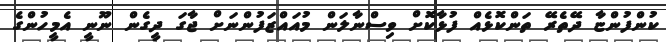
ކުންފުންޏާ ދޭތެރޭ ތަންކޮޅެއް ފުޅާކޮށް ވިސްނާލަން މުއައްޒަފުންނަށް ޖާގަ ދީގެން ނޫނީ އެމީހުންގެ